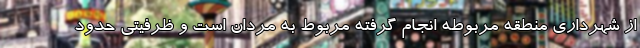
از شهرداری منطقه مربوطه انجام گرفته مربوط به مردان است و ظرفیتی حدود